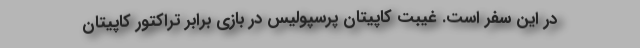
در این سفر است. غیبت کاپیتان پرسپولیس در بازی برابر تراکتور کاپیتان